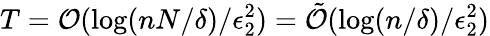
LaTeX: T=\mathcal{O}(\log(nN/\delta)/\epsilon_{2}^{2})=\tilde{\mathcal{O}}(\log(n/\delta)/\epsilon_{2}^{2})